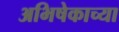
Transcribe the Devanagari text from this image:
अभिषेकाच्या